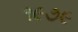
૧૯૭૯